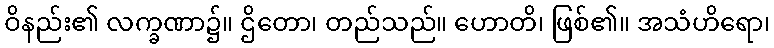
ဝိနည်း၏ လက္ခဏာ၌။ ဌိတော၊ တည်သည်။ ဟောတိ၊ ဖြစ်၏။ အသံဟိရော၊